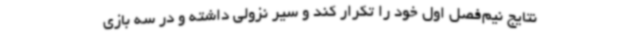
نتایج نیم‌فصل اول خود را تکرار کند و سیر نزولی داشته و در سه بازی